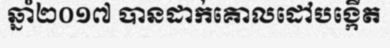
ឆ្នាំ២០១៧ បានដាក់គោលដៅបង្កើត